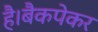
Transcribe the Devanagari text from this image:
है।बैकपेकर